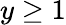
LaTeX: y\geq 1